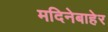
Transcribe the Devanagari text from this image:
मदिनेबाहेर